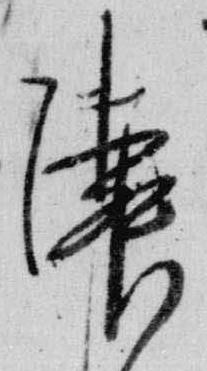
隣